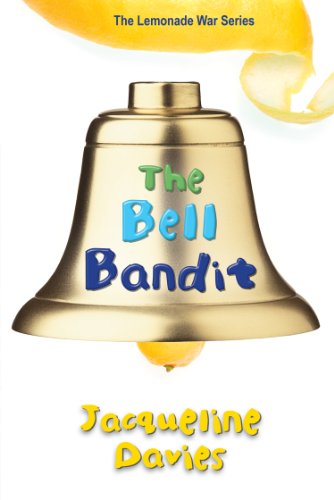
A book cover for The Bell Bandit (The Lemonade War Series); Jacqueline Davies; Children's Books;